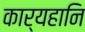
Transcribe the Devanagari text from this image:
कार्यहानि